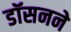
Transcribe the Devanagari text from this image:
डॉसनने